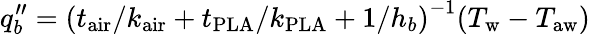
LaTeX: q_{b}^{\prime\prime}=\left(t_{\mathrm{air}}/k_{\mathrm{air}}+t_{\mathrm{PLA}}/k_{\mathrm{PLA}}+1/h_{b}\right)^{-1}(T_{\mathrm{w}}-T_{\mathrm{aw}})